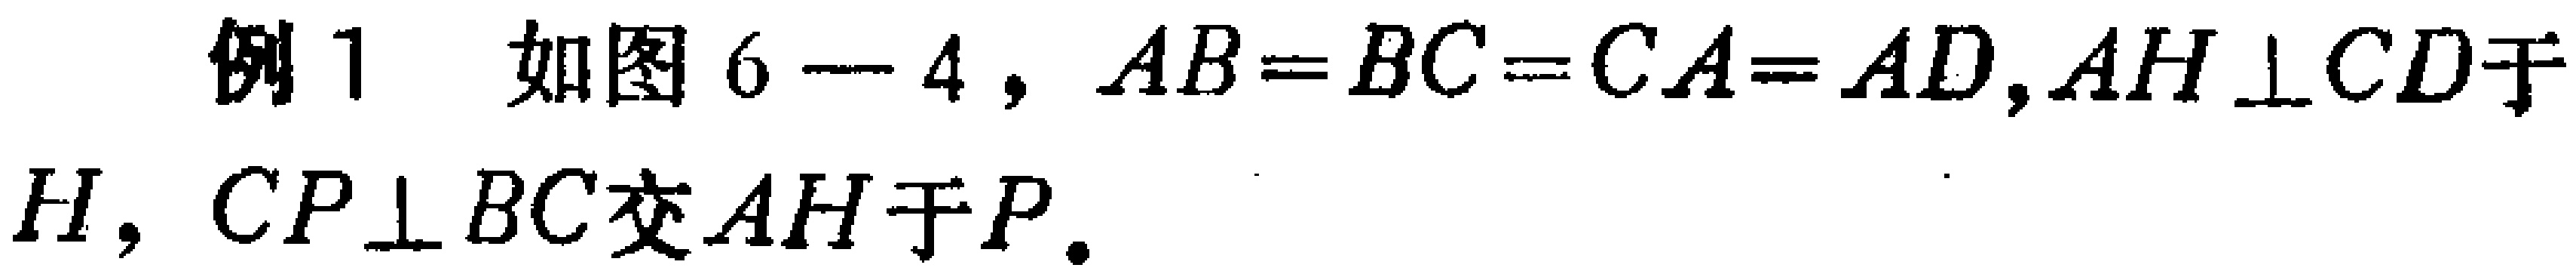
例 1 如图 6-4，$AB = BC = CA = AD$，$AH\perp CD$于$H$，$CP\perp BC$交$AH$于$P$.